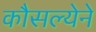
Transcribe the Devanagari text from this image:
कौसल्येने